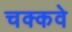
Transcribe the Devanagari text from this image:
चक्‍कवे